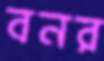
বনর